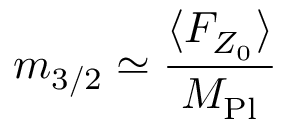
m _ { 3 / 2 } \simeq \frac { \langle F _ { Z _ { 0 } } \rangle } { M _ { \mathrm { P l } } }